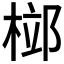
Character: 𣓱